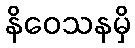
နိဝေသနမှိ